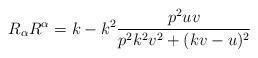
LaTeX: \begin{align*}R_{\alpha}R^{\alpha}=k-k^2\frac{p^2uv}{p^2k^2v^2+(kv-u)^2}\end{align*}